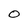
Character: O